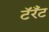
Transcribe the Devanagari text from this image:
टॅरँट